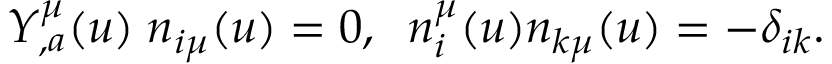
Y _ { , a } ^ { \mu } ( u ) \; n _ { i \mu } ( u ) = 0 , \; \; n _ { i } ^ { \mu } ( u ) n _ { k \mu } ( u ) = - \delta _ { i k } .